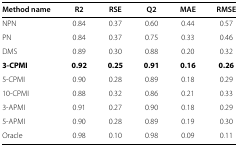
<table><thead><tr><td><b>Method name</b></td><td><b>R2</b></td><td><b>RSE</b></td><td><b>Q2</b></td><td><b>MAE</b></td><td><b>RMSE</b></td></tr></thead><tbody><tr><td>NPN</td><td>0.84</td><td>0.37</td><td>0.60</td><td>0.44</td><td>0.57</td></tr><tr><td>PN</td><td>0.84</td><td>0.37</td><td>0.75</td><td>0.33</td><td>0.46</td></tr><tr><td>DMS</td><td>0.89</td><td>0.30</td><td>0.88</td><td>0.20</td><td>0.32</td></tr><tr><td><b>3-CPMI</b></td><td><b>0.92</b></td><td><b>0.25</b></td><td><b>0.91</b></td><td><b>0.16</b></td><td><b>0.26</b></td></tr><tr><td>5-CPMI</td><td>0.90</td><td>0.28</td><td>0.89</td><td>0.18</td><td>0.29</td></tr><tr><td>10-CPMI</td><td>0.88</td><td>0.32</td><td>0.86</td><td>0.21</td><td>0.33</td></tr><tr><td>3-APMI</td><td>0.91</td><td>0.27</td><td>0.90</td><td>0.18</td><td>0.29</td></tr><tr><td>5-APMI</td><td>0.90</td><td>0.28</td><td>0.89</td><td>0.19</td><td>0.30</td></tr><tr><td>Oracle</td><td>0.98</td><td>0.10</td><td>0.98</td><td>0.09</td><td>0.11</td></tr></tbody></table>